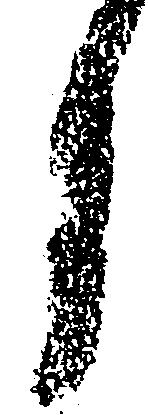
月